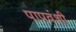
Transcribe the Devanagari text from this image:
पापवंशी